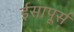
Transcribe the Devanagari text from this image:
ईसापूर्स